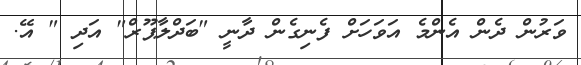
ވަރުން ދެން އެންމެ އަވަހަށް ފެނިގެން ދާނީ "ބަދްލާޕޫރް" އަދި " އޭ.